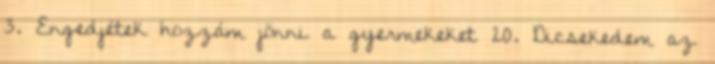
3. Engedjétek hozzám jönni a gyermekeket 20. Dicsekedem az